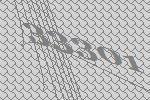
33301